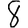
Digit: 8